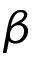
\beta